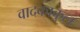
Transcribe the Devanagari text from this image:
वादकाकुल